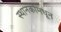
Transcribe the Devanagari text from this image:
स्थानकांमधून